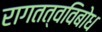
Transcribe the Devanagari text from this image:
रागतत्वविबोध